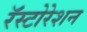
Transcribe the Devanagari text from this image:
रॅस्टोरेशन